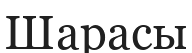
Шарасы